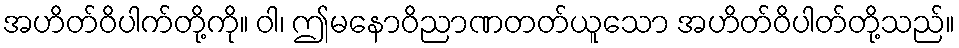
အဟိတ်ဝိပါက်တို့ကို။ ဝါ၊ ဤမနောဝိညာဏတတ်ယူသော အဟိတ်ဝိပါတ်တို့သည်။